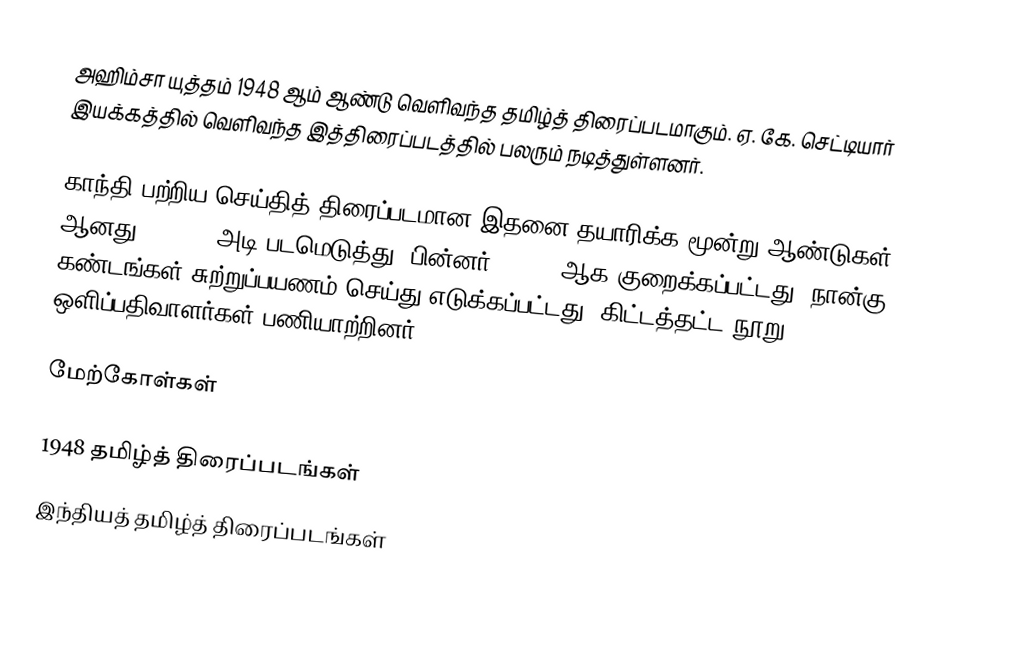
அஹிம்சா யுத்தம் 1948 ஆம் ஆண்டு வெளிவந்த தமிழ்த் திரைப்படமாகும். ஏ. கே. செட்டியார் இயக்கத்தில் வெளிவந்த இத்திரைப்படத்தில்  பலரும் நடித்துள்ளனர்.

காந்தி பற்றிய செய்தித் திரைப்படமான இதனை தயாரிக்க மூன்று ஆண்டுகள் ஆனது. 50,000 அடி படமெடுத்து, பின்னர் 10,500 ஆக குறைக்கப்பட்டது. நான்கு கண்டங்கள் சுற்றுப்பயணம் செய்து எடுக்கப்பட்டது. கிட்டத்தட்ட நூறு ஒளிப்பதிவாளர்கள் பணியாற்றினர்.

மேற்கோள்கள்

1948 தமிழ்த் திரைப்படங்கள்
இந்தியத் தமிழ்த் திரைப்படங்கள்